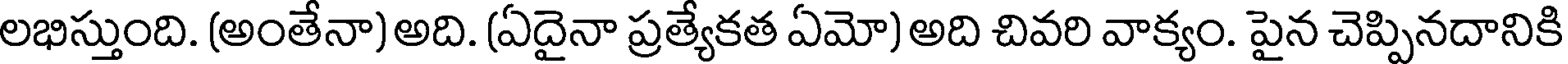
లభిస్తుంది. (అంతేనా) అది. (ఏదైనా ప్రత్యేకత ఏమో) అది చివరి వాక్యం. పైన చెప్పినదానికి